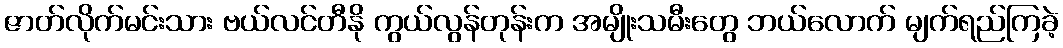
ဇာတ်လိုက်မင်းသား ဗယ်လင်တီနို ကွယ်လွန်တုန်းက အမျိုးသမီးတွေ ဘယ်လောက် မျက်ရည်ကြခဲ့